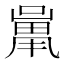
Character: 𱔱